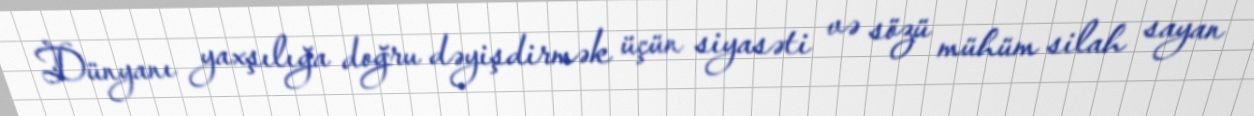
Dünyanı yaxşılığa doğru dəyişdirmək üçün siyasəti və sözü mühüm silah sayan